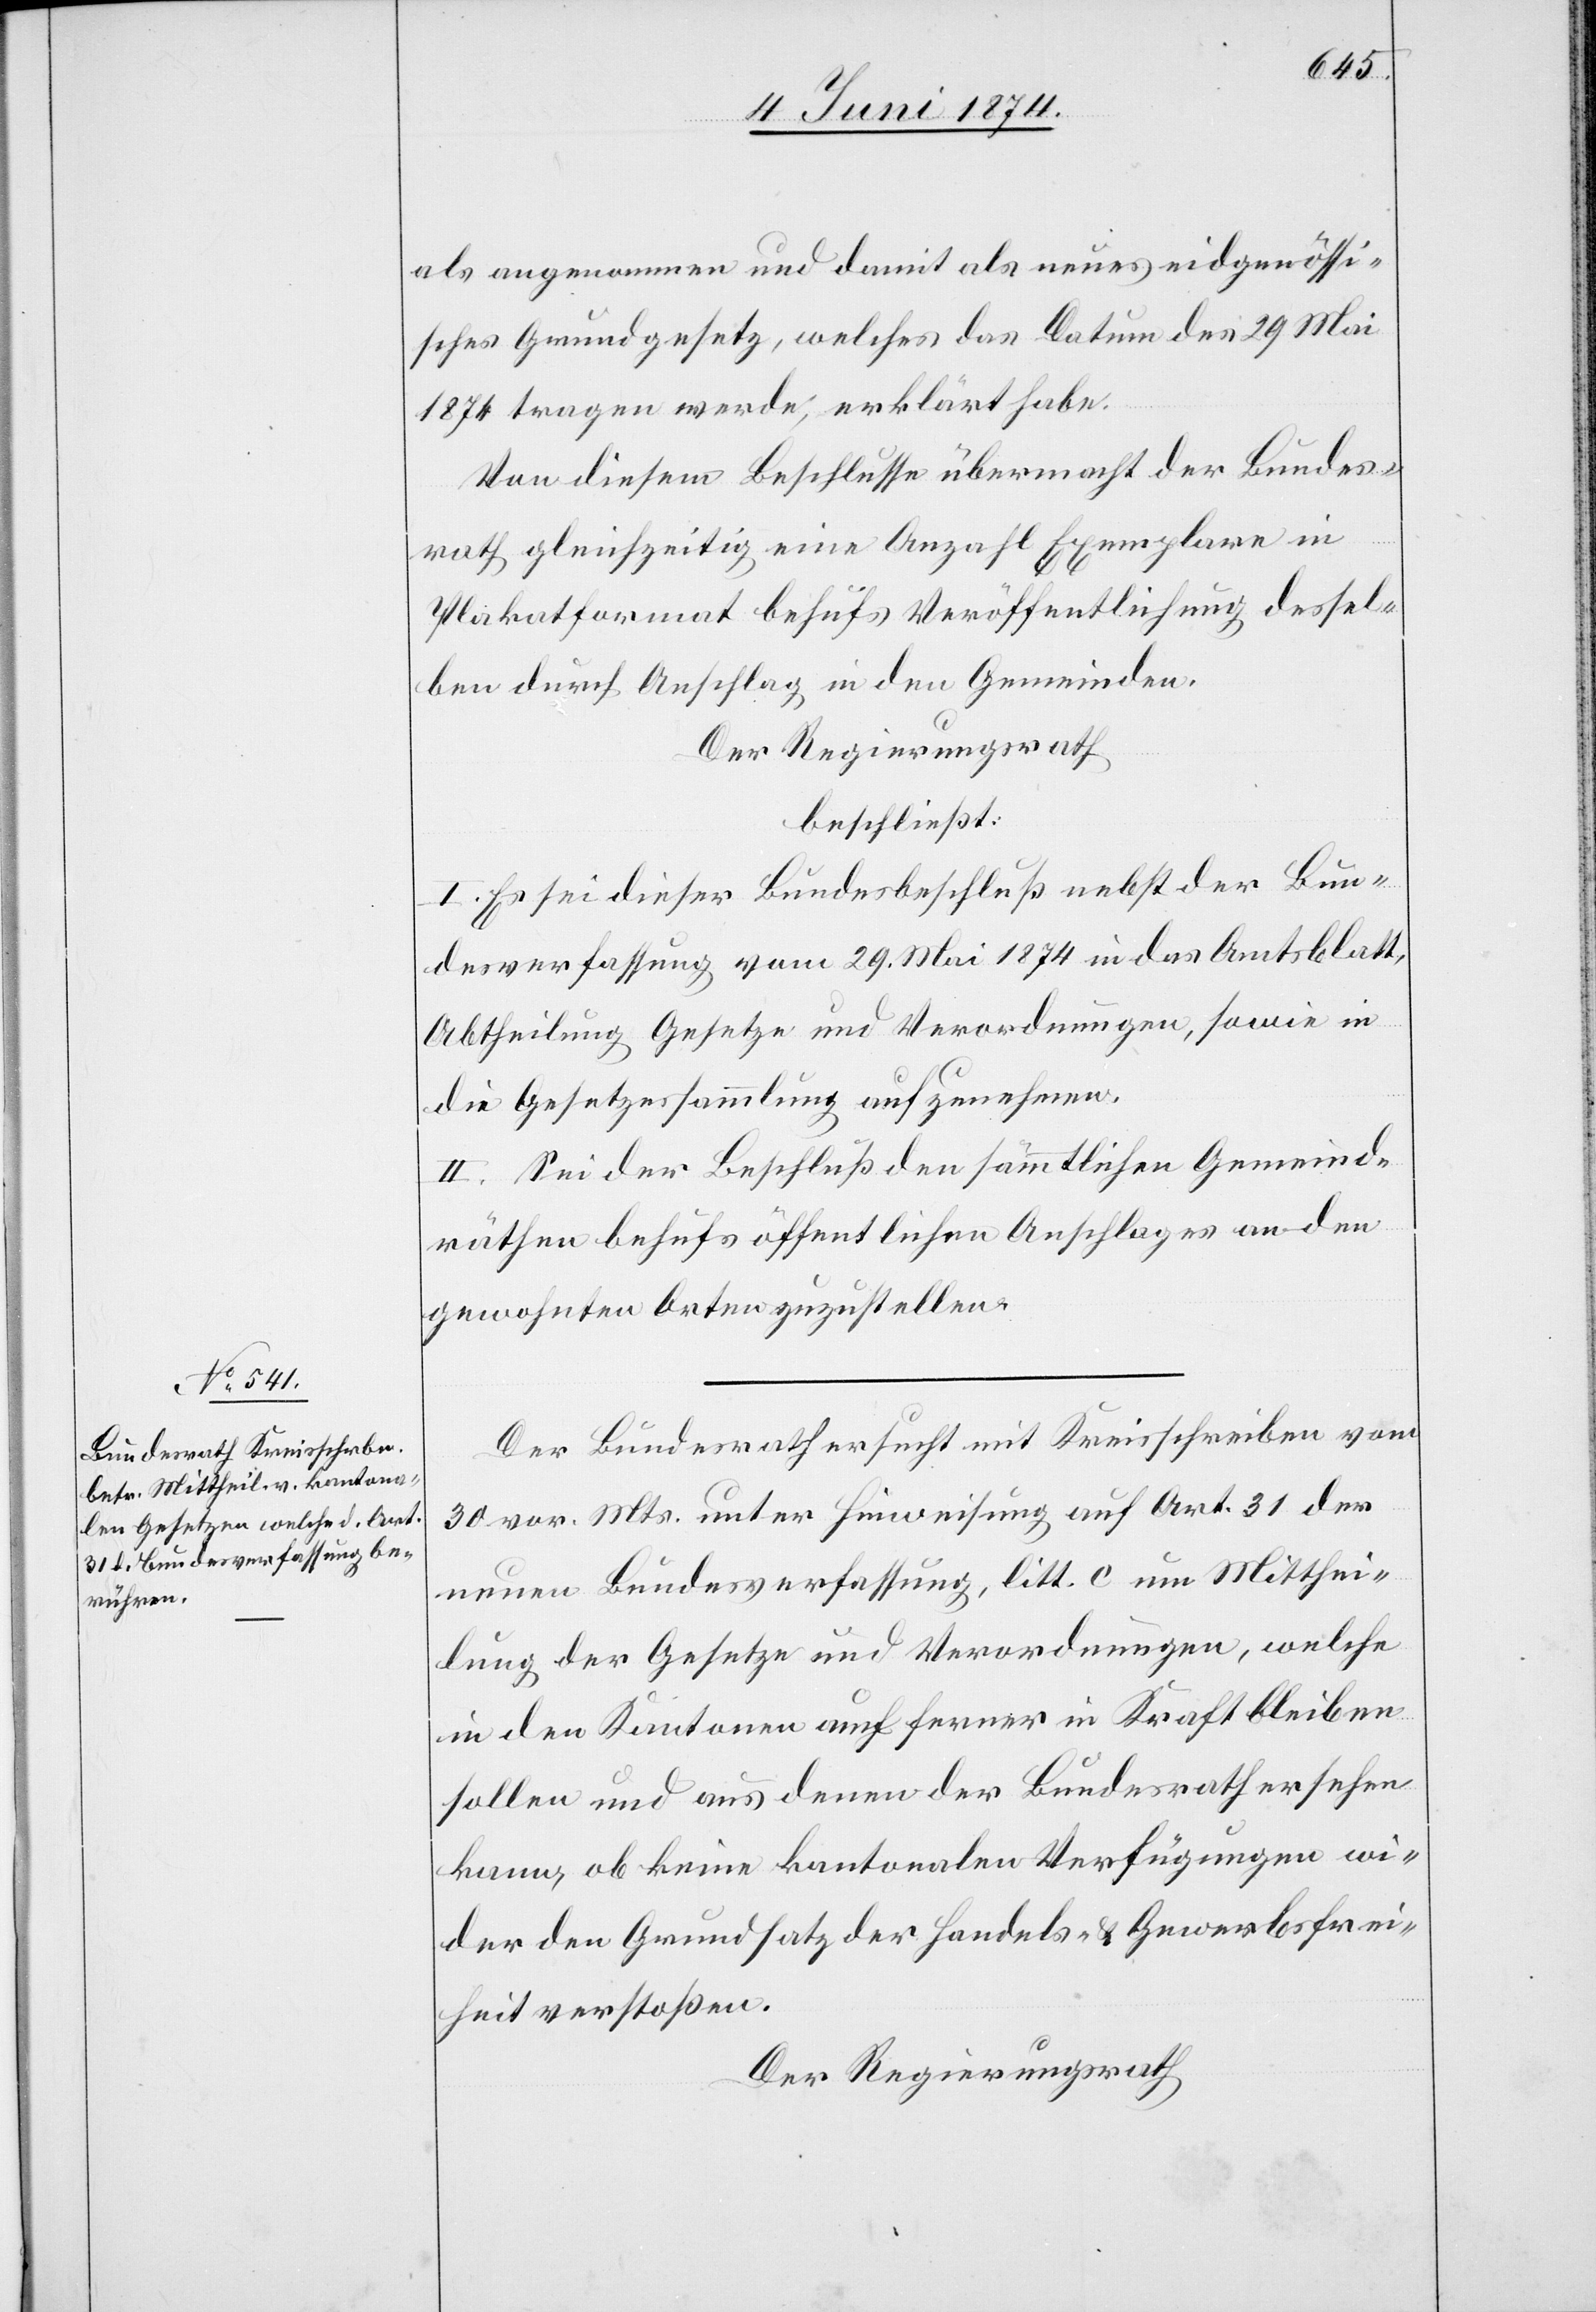
als angenommen und damit als neues eidgenössi¬
sches Grundgesetz, welches das Datum des 29. Mai
1874 tragen werde, erklärt habe.
Von diesem Beschlusse übermacht der Bundes¬
rath gleichzeitig eine Anzahl Exemplare in
Plakatformat behufs Veröffentlichung dessel¬
ben durch Anschlag in den Gemeinden.
Der Regierungsrath
beschließt:
I. Es sei dieser Bundesbeschluß nebst der Bun¬
desverfassung vom 29. Mai 1874 in das Amtsblatt,
Abtheilung Gesetze und Verordnungen, sowie in
die Gesetzessammlung aufzunehmen.
II. Sei der Beschluß den sämmtlichen Gemeind¬
räthen behufs öffentlichen Anschlages an den
gewohnten Orten zuzustellen.
Der Bundesrath ersucht mit Kreisschreiben vom
30. vor. Mts. unter Hinweisung auf Art. 31 der
neuen Bundesverfassung, litt. c um Mitthei¬
lung der Gesetze und Verordnungen, welche
in den Kantonen auch ferner in Kraft bleiben
sollen und aus denen der Bundesrath ersehen
kann, ob keine kantonalen Verfügungen wi¬
der den Grundsatz der Handels- u. Gewerbsfrei¬
heit verstoßen.
Der Regierungsrath